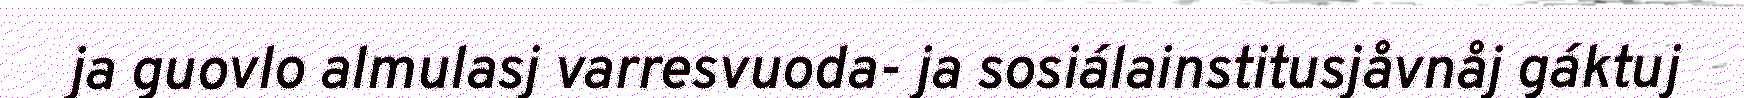
ja guovlo almulasj varresvuoda- ja sosiálainstitusjåvnåj gáktuj